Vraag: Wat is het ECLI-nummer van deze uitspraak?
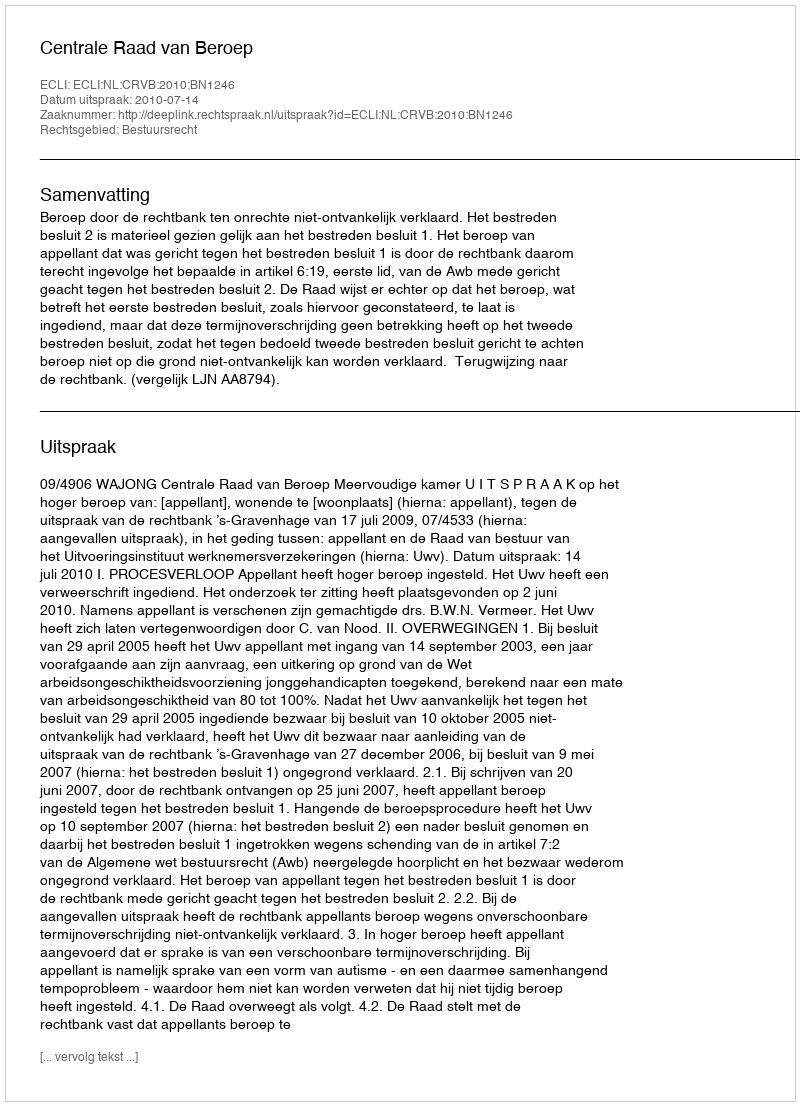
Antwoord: ECLI:NL:CRVB:2010:BN1246